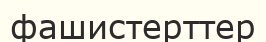
фашистерттер